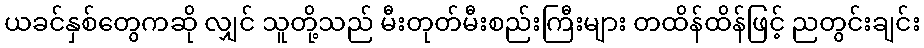
ယခင်နှစ်တွေကဆို လျှင် သူတို့သည် မီးတုတ်မီးစည်းကြီးများ တထိန်ထိန်ဖြင့် ညတွင်းချင်း